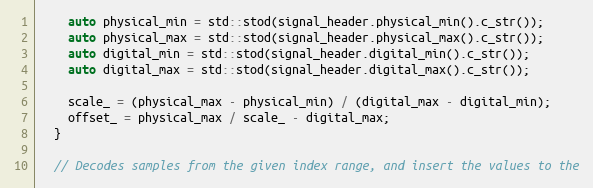
Language: C++
    auto physical_min = std::stod(signal_header.physical_min().c_str());
    auto physical_max = std::stod(signal_header.physical_max().c_str());
    auto digital_min = std::stod(signal_header.digital_min().c_str());
    auto digital_max = std::stod(signal_header.digital_max().c_str());

    scale_ = (physical_max - physical_min) / (digital_max - digital_min);
    offset_ = physical_max / scale_ - digital_max;
  }

  // Decodes samples from the given index range, and insert the values to the